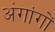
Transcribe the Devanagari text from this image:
अंगांगों